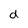
Character: d